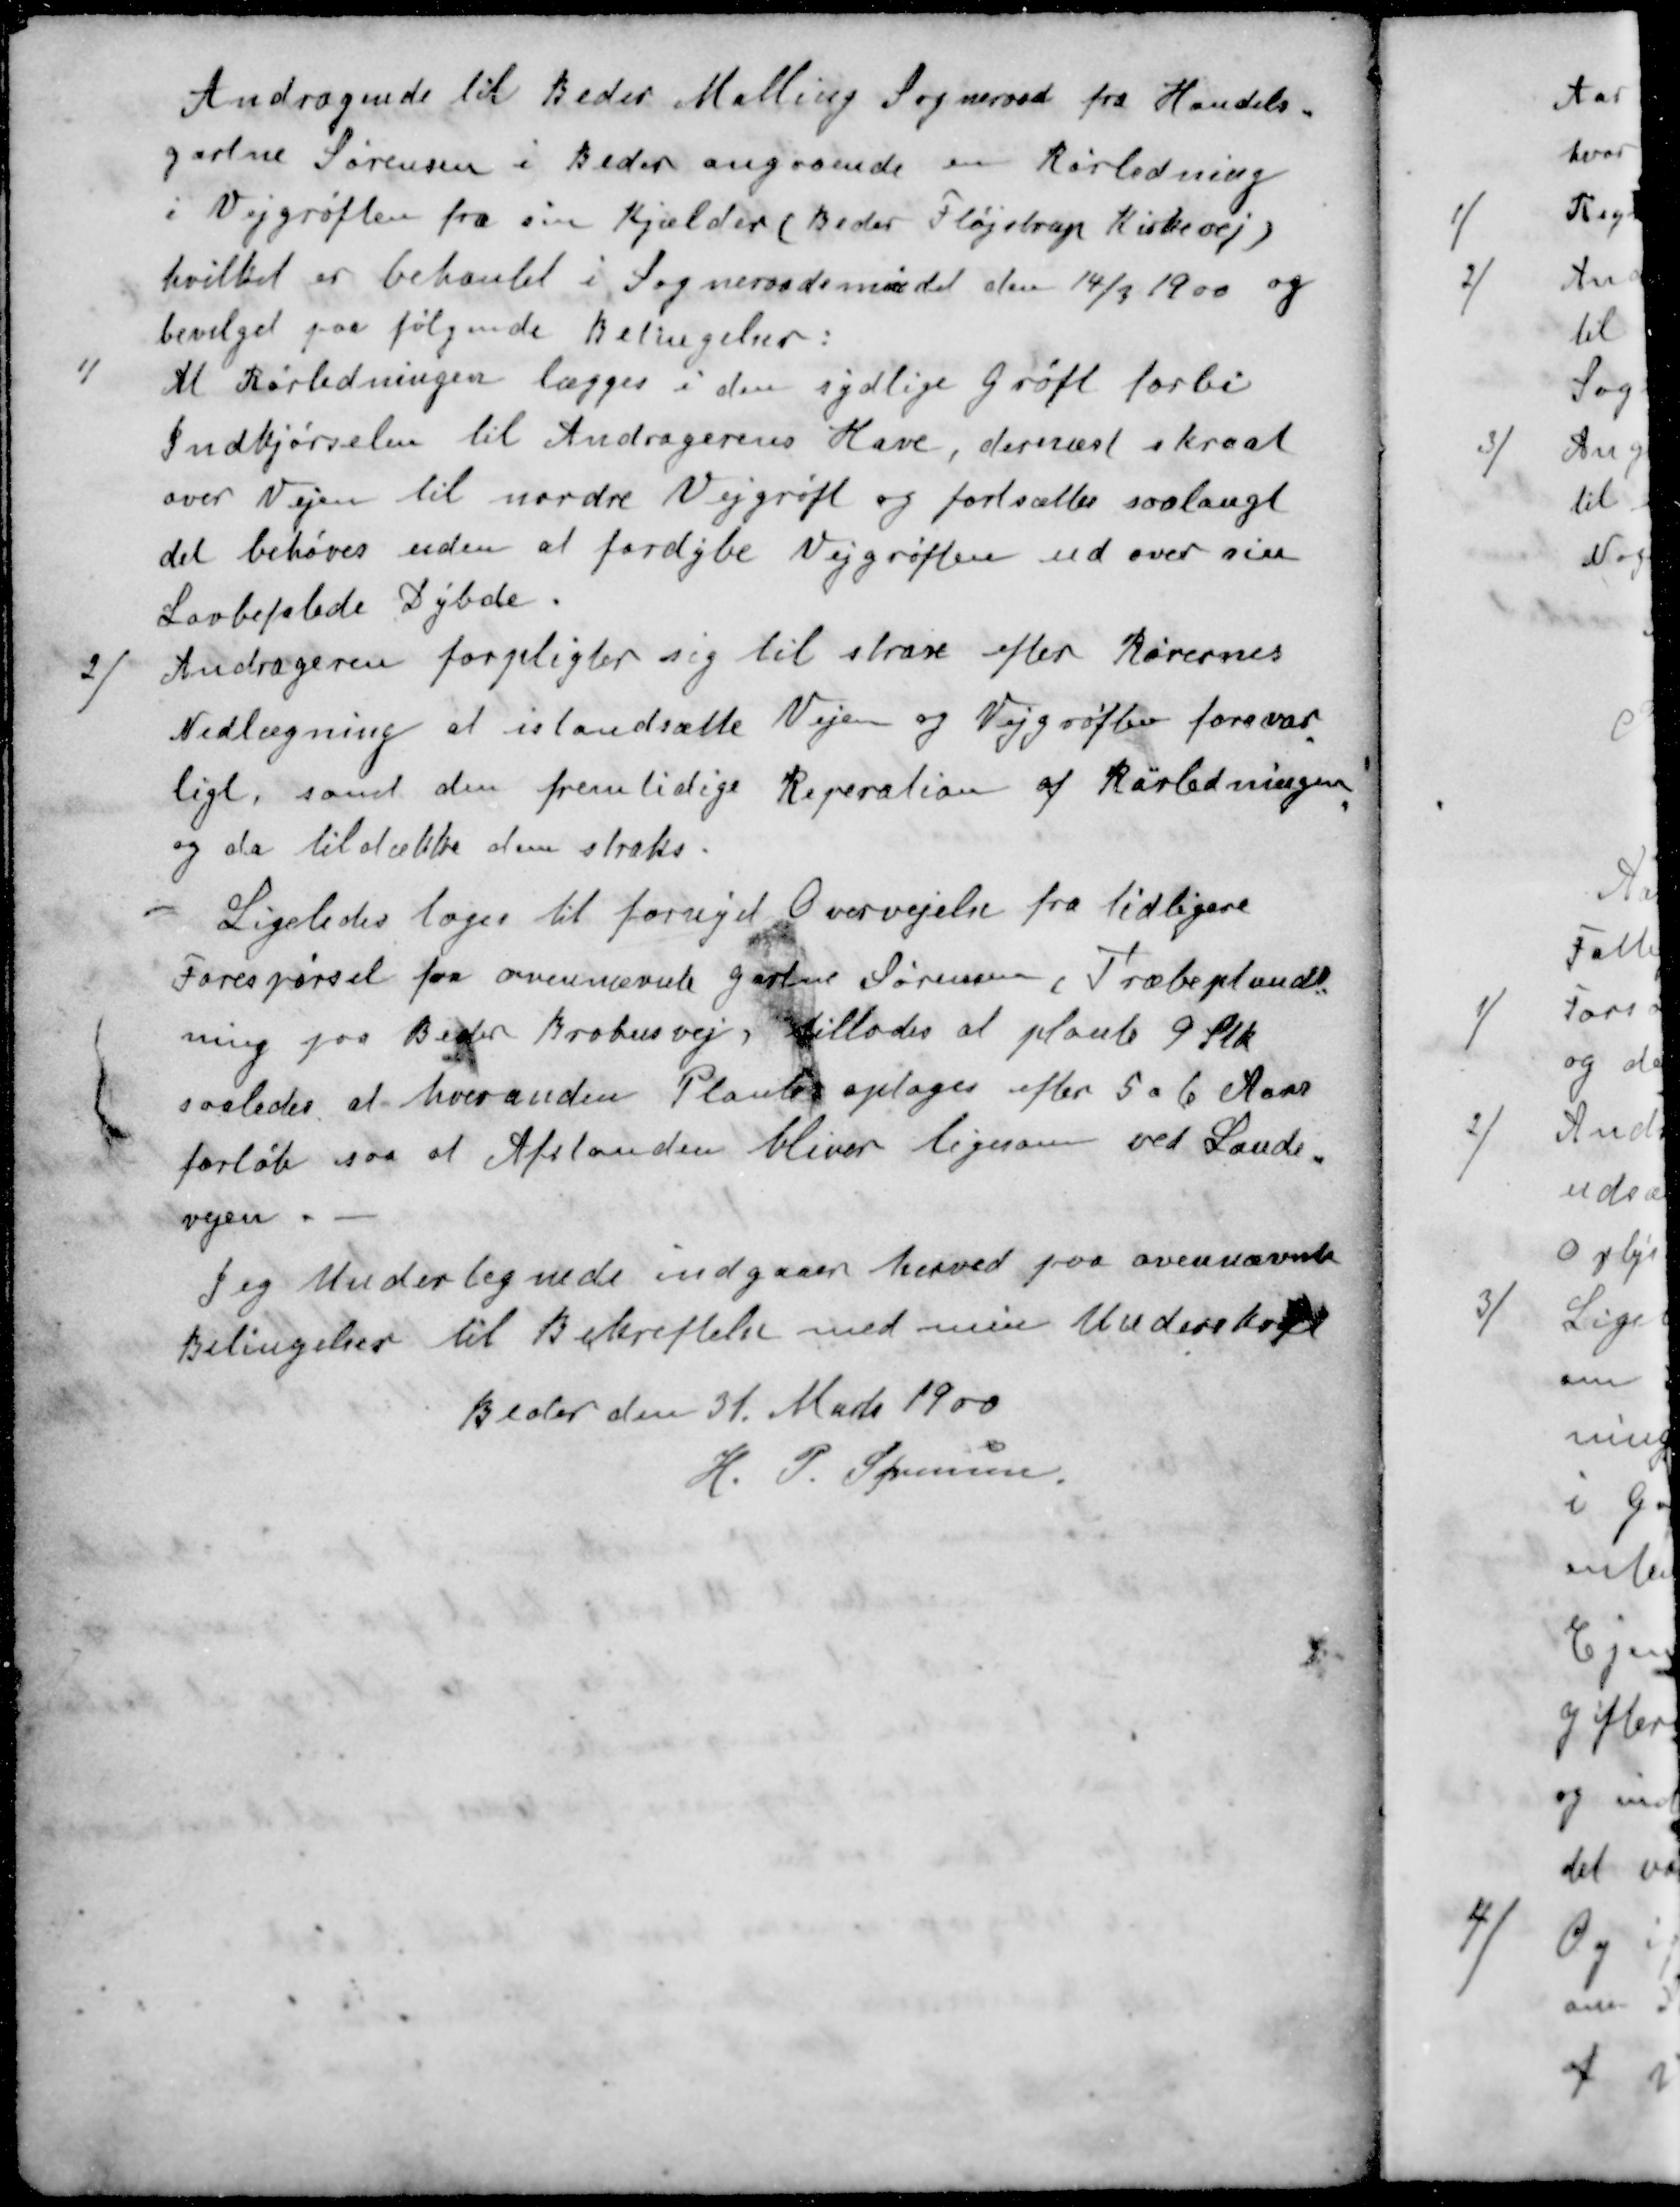
Transskription:
Andragende til Beder Malling Sogneraad fra Handels
gartne Sørensen i Beder angaaende en Rørledning
i Vejgrøften fra sin Kjælder (Beder Fløjstrup Kirkevej)
hvilket er behanlet i Sogneraadsmødet den 14/9 1900 og
bevilget paa følgende Betingelser:
1 /At Rørledningen lægges i den sydlige Grøft forbi
Indkjørselen til Andragerens Have, dernæst skraat
over Vejen til nordre Vejgrøft og fortsættes saa langt
det behøves uden at fordybe Vejgrøften ud over sin
Lovbefalede Dybde.
2 / Andrageren forpligter sig til strare efter Rørernes
Nedlægning at istandsætte Vejen og Vejgrøfter forsvar
ligt, samt den fremtidige Reparation af Rørledningen
og da tildække dem straks
Ligeledes toges til fornyet Overvejelse fra tidligere
Forespørgel fra ovennævnte Gartner Sørensen, Træbeplandt
ning paa Beder Brohusvej, tillodes at plante 9 Stk.
saaledes at hveranden Plantes optages efter 5 a 6 Aars
forløb saa at Afstanden bliver ligesom ved Lande
vejen.
Jeg Undertegnede indgaaer herved paa ovennævnte
Betingelser til Bekræftelse med min Underskrift
Beder den 31. Marts 1900
H. P. Sørensen